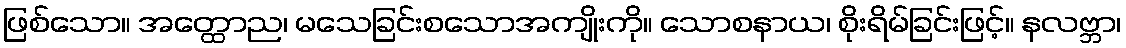
ဖြစ်သော။ အတ္ထောည၊ မသေခြင်းစသောအကျိုးကို။ သောစနာယ၊ စိုးရိမ်ခြင်းဖြင့်။ နလဗ္ဘာ၊